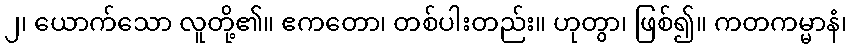
၂၊ ယောက်သော လူတို့၏။ ဧကတော၊ တစ်ပါးတည်း။ ဟုတွာ၊ ဖြစ်၍။ ကတကမ္မာနံ၊